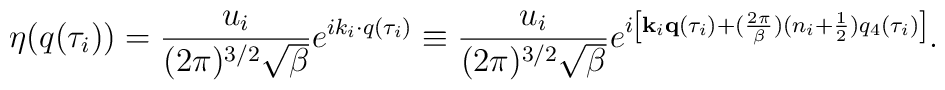
\eta(q(\tau_i))=\frac{u_i}{(2\pi)^{3/2}\sqrt{\beta}}e^{ik_i\cdot q(\tau_i)}\equiv\frac{u_i}{(2\pi)^{3/2}\sqrt{\beta}}e^{i\left[{\bf k}_i{\bf q}(\tau_i)+(\frac{2\pi}{\beta})(n_i+\frac12) q_4(\tau_i)\right]}.